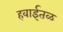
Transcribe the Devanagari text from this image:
हवाईतळ